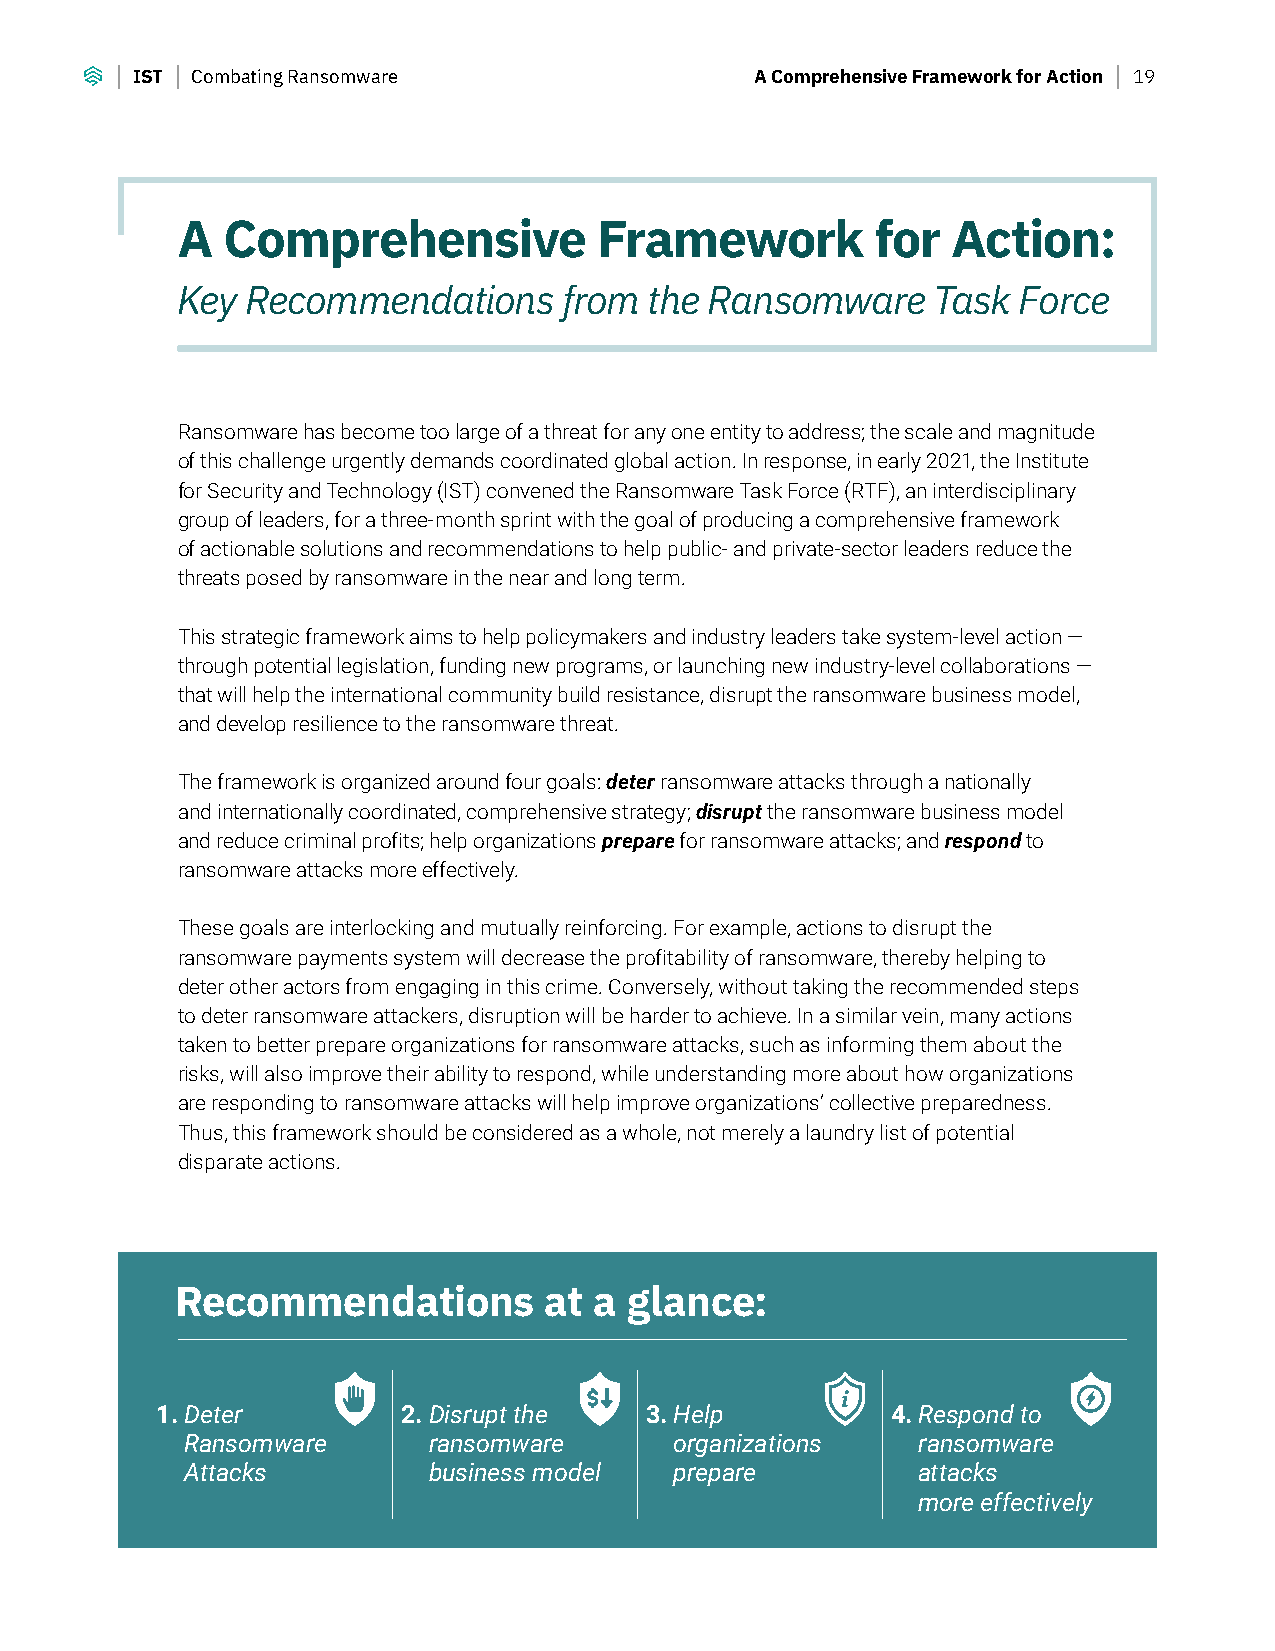
IST Combating Ransomware                 A Comprehensive Framework for Action 19
 A  Comprehensive            Framework         for  Action:
 Key Recommendations      from  the Ransomware     Task Force
 Ransomware has become too large of a threat for any one entity to address; the scale and magnitude
 of this challenge urgently demands coordinated global action. In response, in early 2021, the Institute
 for Security and Technology (IST) convened the Ransomware Task Force (RTF), an interdisciplinary
 group of leaders, for a three-month sprint with the goal of producing a comprehensive framework
 of actionable solutions and recommendations to help public- and private-sector leaders reduce the
 threats posed by ransomware in the near and long term.
 This strategic framework aims to help policymakers and industry leaders take system-level action —
 through potential legislation, funding new programs, or launching new industry-level collaborations —
 that will help the international community build resistance, disrupt the ransomware business model,
 and develop resilience to the ransomware threat.
 The framework is organized around four goals: deter ransomware attacks through a nationally
 and internationally coordinated, comprehensive strategy; disrupt the ransomware business model
 and reduce criminal profits; help organizations prepare for ransomware attacks; and respond to
 ransomware attacks more effectively.
 These goals are interlocking and mutually reinforcing. For example, actions to disrupt the
 ransomware payments system will decrease the profitability of ransomware, thereby helping to
 deter other actors from engaging in this crime. Conversely, without taking the recommended steps
 to deter ransomware attackers, disruption will be harder to achieve. In a similar vein, many actions
 taken to better prepare organizations for ransomware attacks, such as informing them about the
 risks, will also improve their ability to respond, while understanding more about how organizations
 are responding to ransomware attacks will help improve organizations’ collective preparedness.
 Thus, this framework should be considered as a whole, not merely a laundry list of potential
 disparate actions.
 Recommendations         at a  glance:
 1. D eter        2. Disrupt the  3. H elp        4. R espond to
 Ransomware      ransomware       organizations   ransomware
 Attacks         business model   prepare         attacks
 more effectively